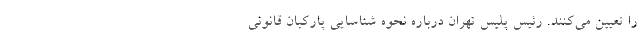
را تعیین می‌کنند. رئیس پلیس تهران درباره نحوه شناسایی پارکبان قانونی